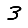
Digit: 3